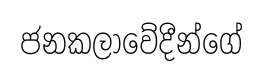
ජනකලාවේදීන්ගේ